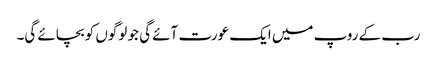
رب کے روپ میں ایک عورت آئے گی جو لوگوں کو بچائے گی۔